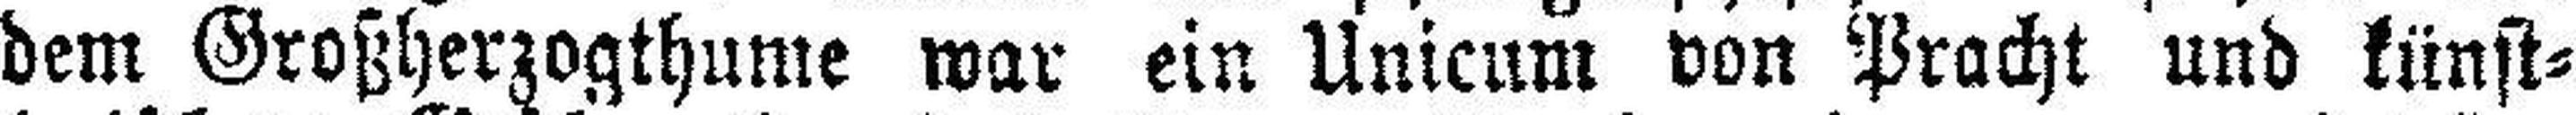
dem Großherzogthume war ein Unicum von Pracht und künst¬